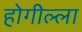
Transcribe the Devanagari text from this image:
होगील्ला